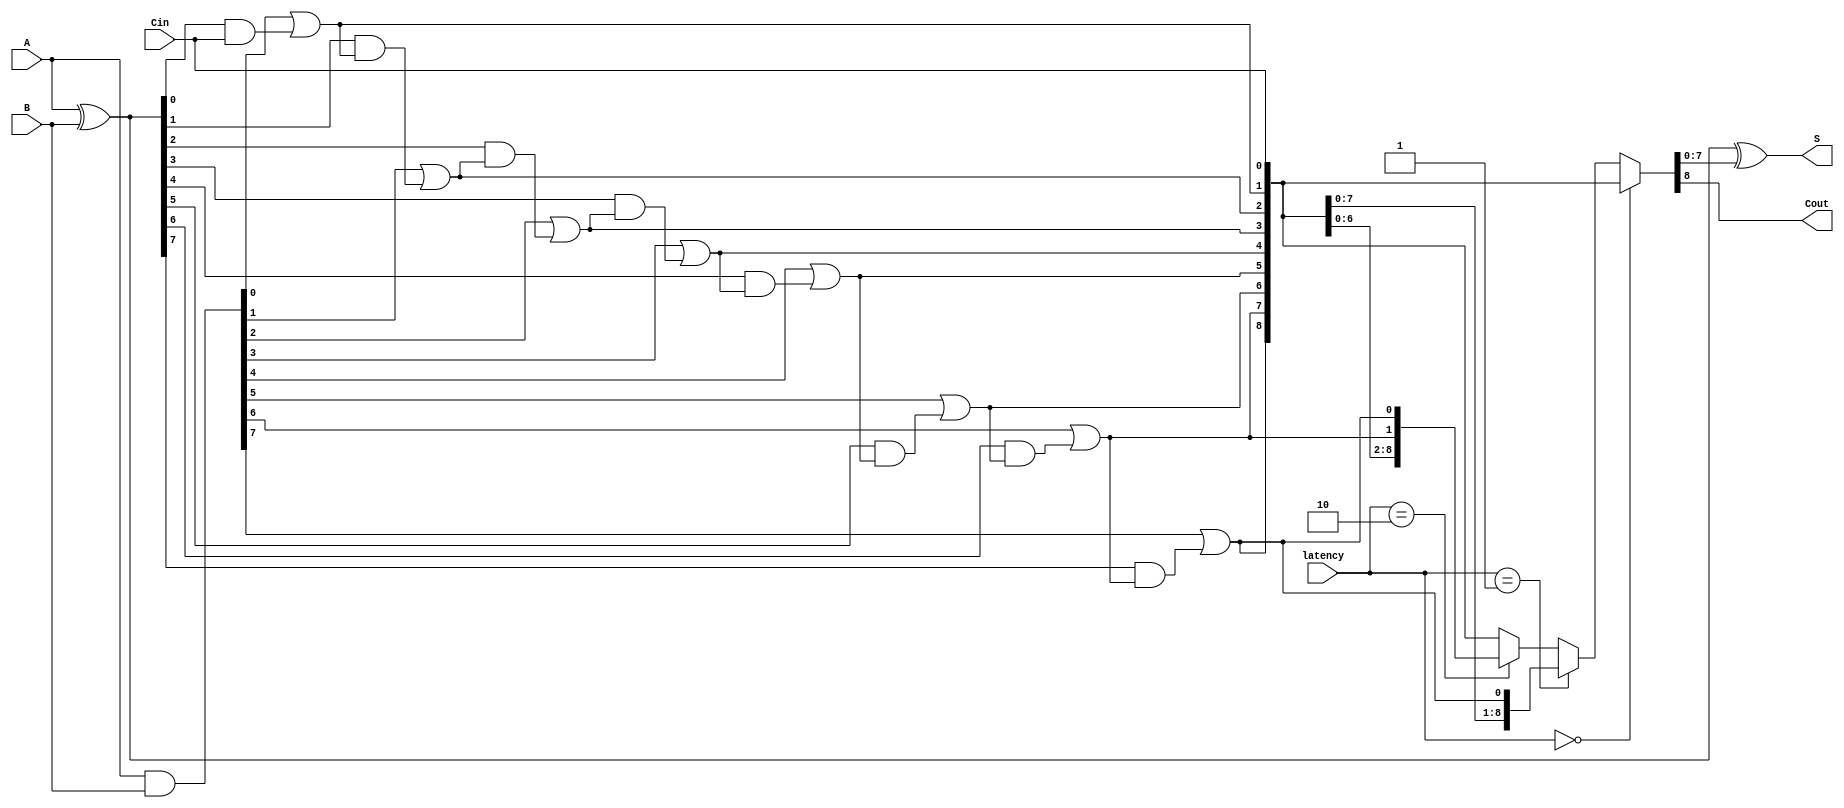
module VLCLA #(parameter N = 8) (
    input  [N-1:0] A,       // First operand
    input  [N-1:0] B,       // Second operand
    input         Cin,       // Carry-in
    input  [1:0]  latency,   // Latency control signal
    output [N-1:0] S,       // Sum output
    output        Cout       // Carry-out
);

    // Generate and Propagate signals
    wire [N-1:0] P; // Propagate
    wire [N-1:0] G; // Generate
    wire [N:0] C;   // Carry signals

    // Generate P and G signals
    assign P = A ^ B; // P[i] = A[i] XOR B[i]
    assign G = A & B; // G[i] = A[i] AND B[i]

    // Carry lookahead logic
    // Level 1: Direct carry generation
    assign C[0] = Cin; // Initial carry-in
    genvar i;
    generate
        for (i = 0; i < N; i = i + 1) begin : carry_gen
            assign C[i + 1] = G[i] | (P[i] & C[i]); // C[i+1] = G[i] + (P[i] * C[i])
        end
    endgenerate

    // Variable latency control
    wire [N:0] C_selected;
    assign C_selected = (latency == 2'b00) ? C : // No additional latency
                        (latency == 2'b01) ? {C[N-1:0], C[N]} : // 1 stage latency
                        (latency == 2'b10) ? {C[N-2:0], C[N-1], C[N]} : // 2 stage latency
                        C; // Default case

    // Sum calculation
    assign S = P ^ C_selected[N-1:0]; // S[i] = P[i] XOR C[i]

    // Carry-out
    assign Cout = C_selected[N]; // Final carry-out

endmodule